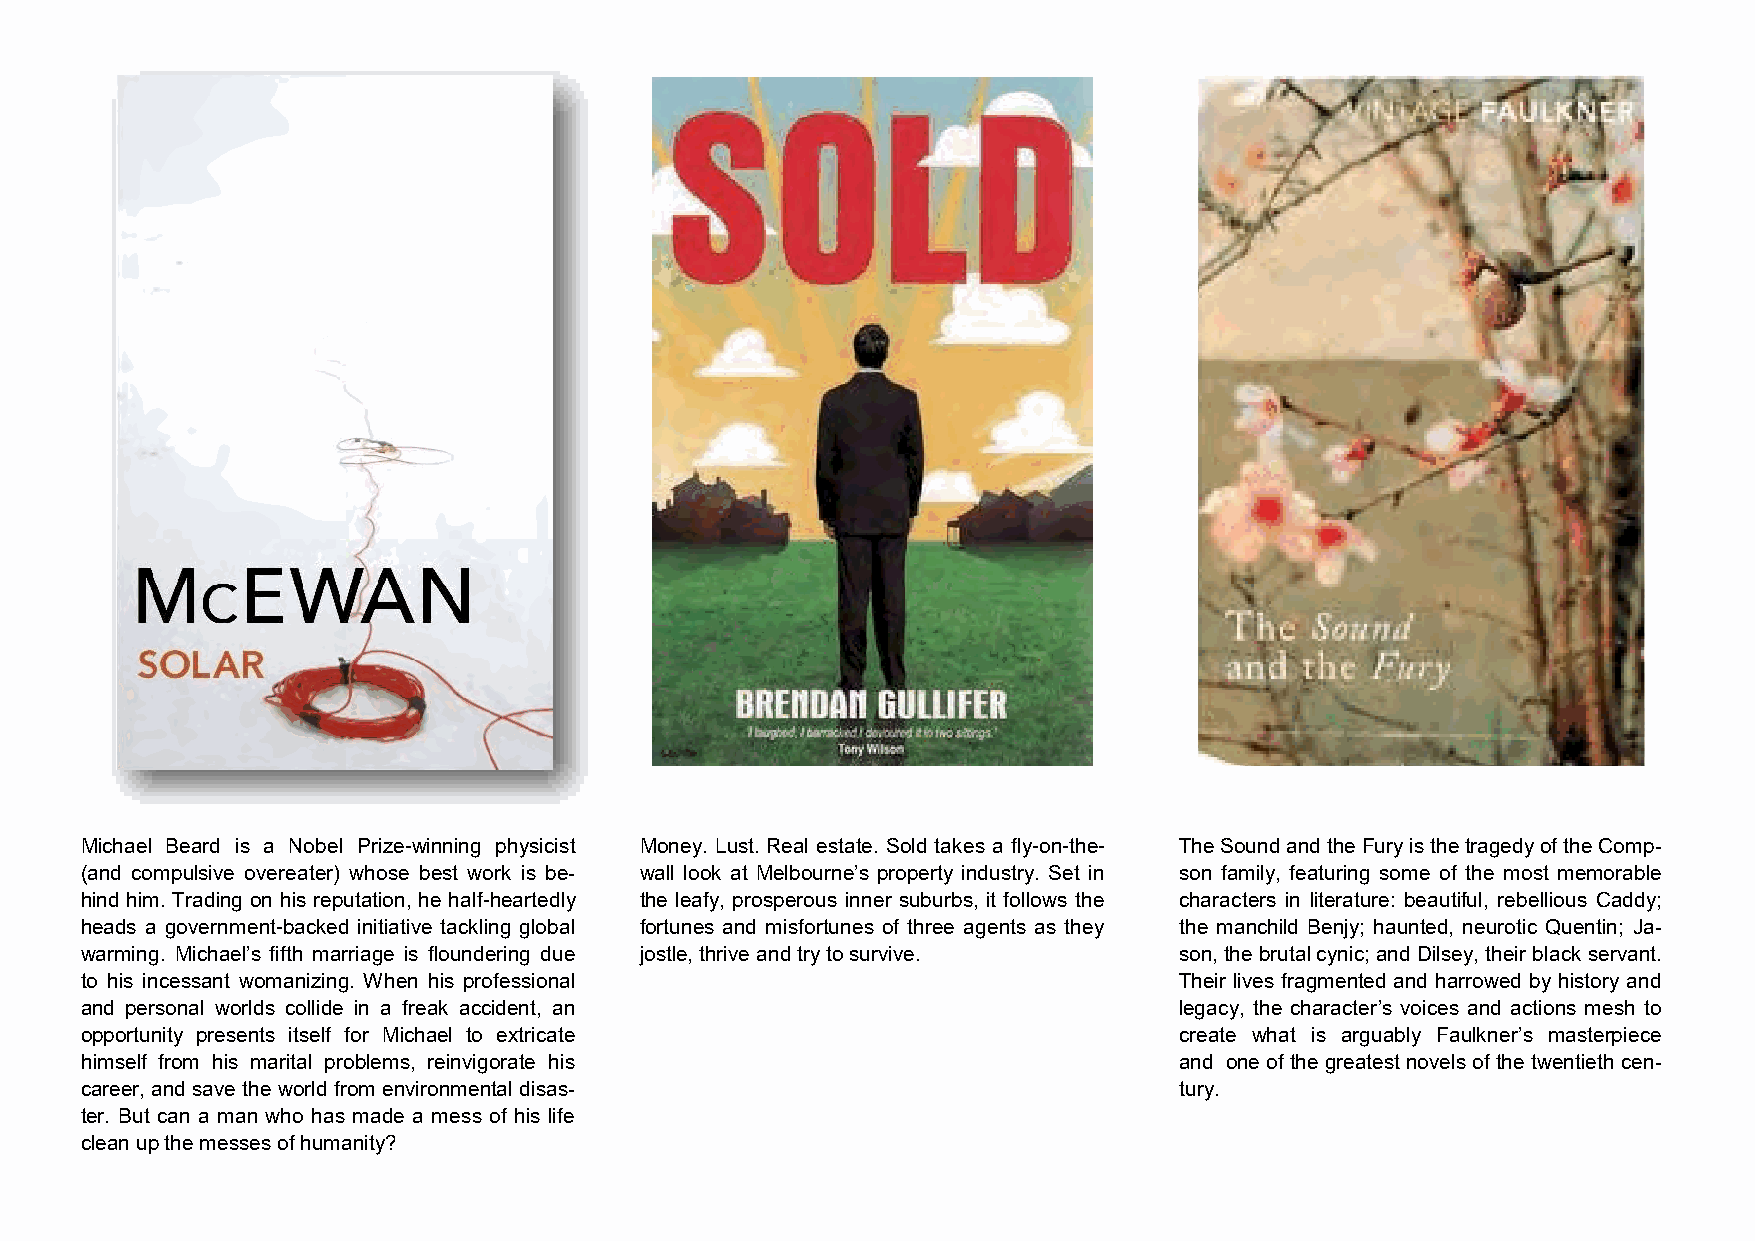
Michael Beard is a Nobel Prize-winning physicist Money. Lust. Real estate. Sold takes a fly-on-the- The Sound and the Fury is the tragedy of the Comp-
 (and compulsive overeater) whose best work is be- wall look at Melbourne’s property industry. Set in son family, featuring some of the most memorable
 hind him. Trading on his reputation, he half-heartedly the leafy, prosperous inner suburbs, it follows the characters in literature: beautiful, rebellious Caddy;
 heads a government-backed initiative tackling global fortunes and misfortunes of three agents as they the manchild Benjy; haunted, neurotic Quentin; Ja-
 warming. Michael’s fifth marriage is floundering due jostle, thrive and try to survive. son, the brutal cynic; and Dilsey, their black servant.
 to his incessant womanizing. When his professional                       Their lives fragmented and harrowed by history and
 and personal worlds collide in a freak accident, an                      legacy, the character’s voices and actions mesh to
 opportunity presents itself for Michael to extricate                     create what is arguably Faulkner’s masterpiece
 himself from his marital problems, reinvigorate his                      and one of the greatest novels of the twentieth cen-
 career, and save the world from environmental disas-                     tury.
 ter. But can a man who has made a mess of his life
 clean up the messes of humanity?